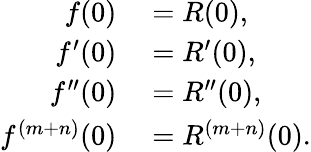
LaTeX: \begin{array}{rl}{f(0)}&{{}=R(0),}\\ {f^{\prime}(0)}&{{}=R^{\prime}(0),}\\ {f^{\prime\prime}(0)}&{{}=R^{\prime\prime}(0),}\\ {f^{(m+n)}(0)}&{{}=R^{(m+n)}(0).}\end{array}